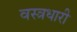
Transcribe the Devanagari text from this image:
वस्‍त्रधारी